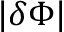
| \delta \Phi |